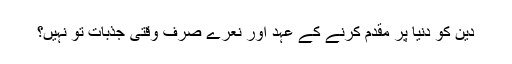
دین کو دنیا پر مقدم کرنے کے عہد اور نعرے صرف وقتی جذبات تو نہیں؟